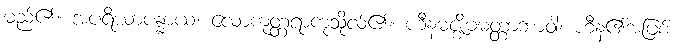
မည်၏။ အပရိယာပန္နာယ၊ လောကုတ္တရာကုသိုလ်၏။ ဟီနမဇ္ဈိမမတ္တာဘာဝါ၊ ဟီန၏အဖြစ်